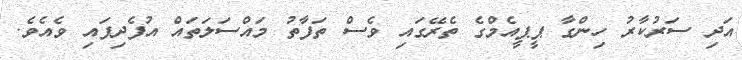
އަދި ސަރުކާރު ހިންގާ ޕީޕީއެމްގެ ތެރޭގައި ވެސް ތަފާތު މައްސަލަތައް އުފެދިފައި ވެއެވެ.